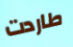
طاردت